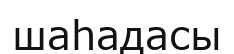
шаһадасы